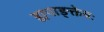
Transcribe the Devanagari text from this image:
ह्यपाङ्क्तेयः